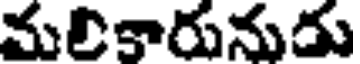
మలికారునుడు